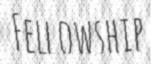
FELLOWSHIP